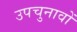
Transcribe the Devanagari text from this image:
उपचुनावों